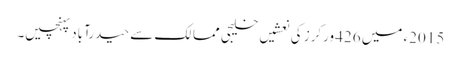
2015ء میں 426 ورکرز کی نعشیں خلیجی ممالک سے حیدرآباد پہنچیں۔